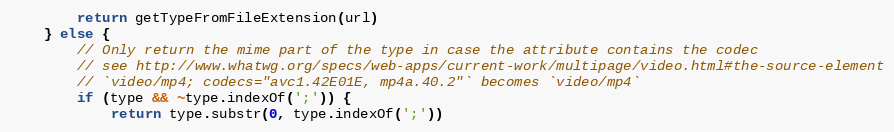
Language: JavaScript
		return getTypeFromFileExtension(url)
	} else {
		// Only return the mime part of the type in case the attribute contains the codec
		// see http://www.whatwg.org/specs/web-apps/current-work/multipage/video.html#the-source-element
		// `video/mp4; codecs="avc1.42E01E, mp4a.40.2"` becomes `video/mp4`
		if (type && ~type.indexOf(';')) {
			return type.substr(0, type.indexOf(';'))